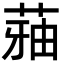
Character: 𮏬